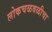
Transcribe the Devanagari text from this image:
लोकचळवळीचा